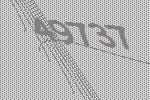
49737